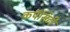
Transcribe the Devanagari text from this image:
कपॅसिटी